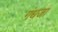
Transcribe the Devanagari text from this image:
गंधजा